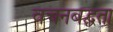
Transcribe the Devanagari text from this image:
वचनबद्घता